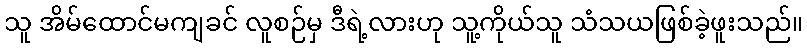
သူ အိမ်ထောင်မကျခင် လူစဉ်မှ ဒီရဲ့လားဟု သူ့ကိုယ်သူ သံသယဖြစ်ခဲ့ဖူးသည်။